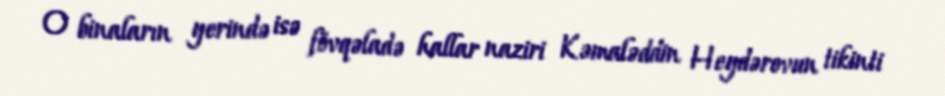
O binaların yerində isə fövqəladə hallar naziri Kəmaləddin Heydərovun tikinti